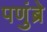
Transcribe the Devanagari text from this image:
पणुंब्रे